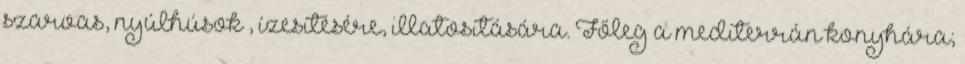
szarvas, nyúlhúsok , ízesítésére, illatosítására. Főleg a mediterrán konyhára;